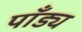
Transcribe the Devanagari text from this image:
पाँड्य